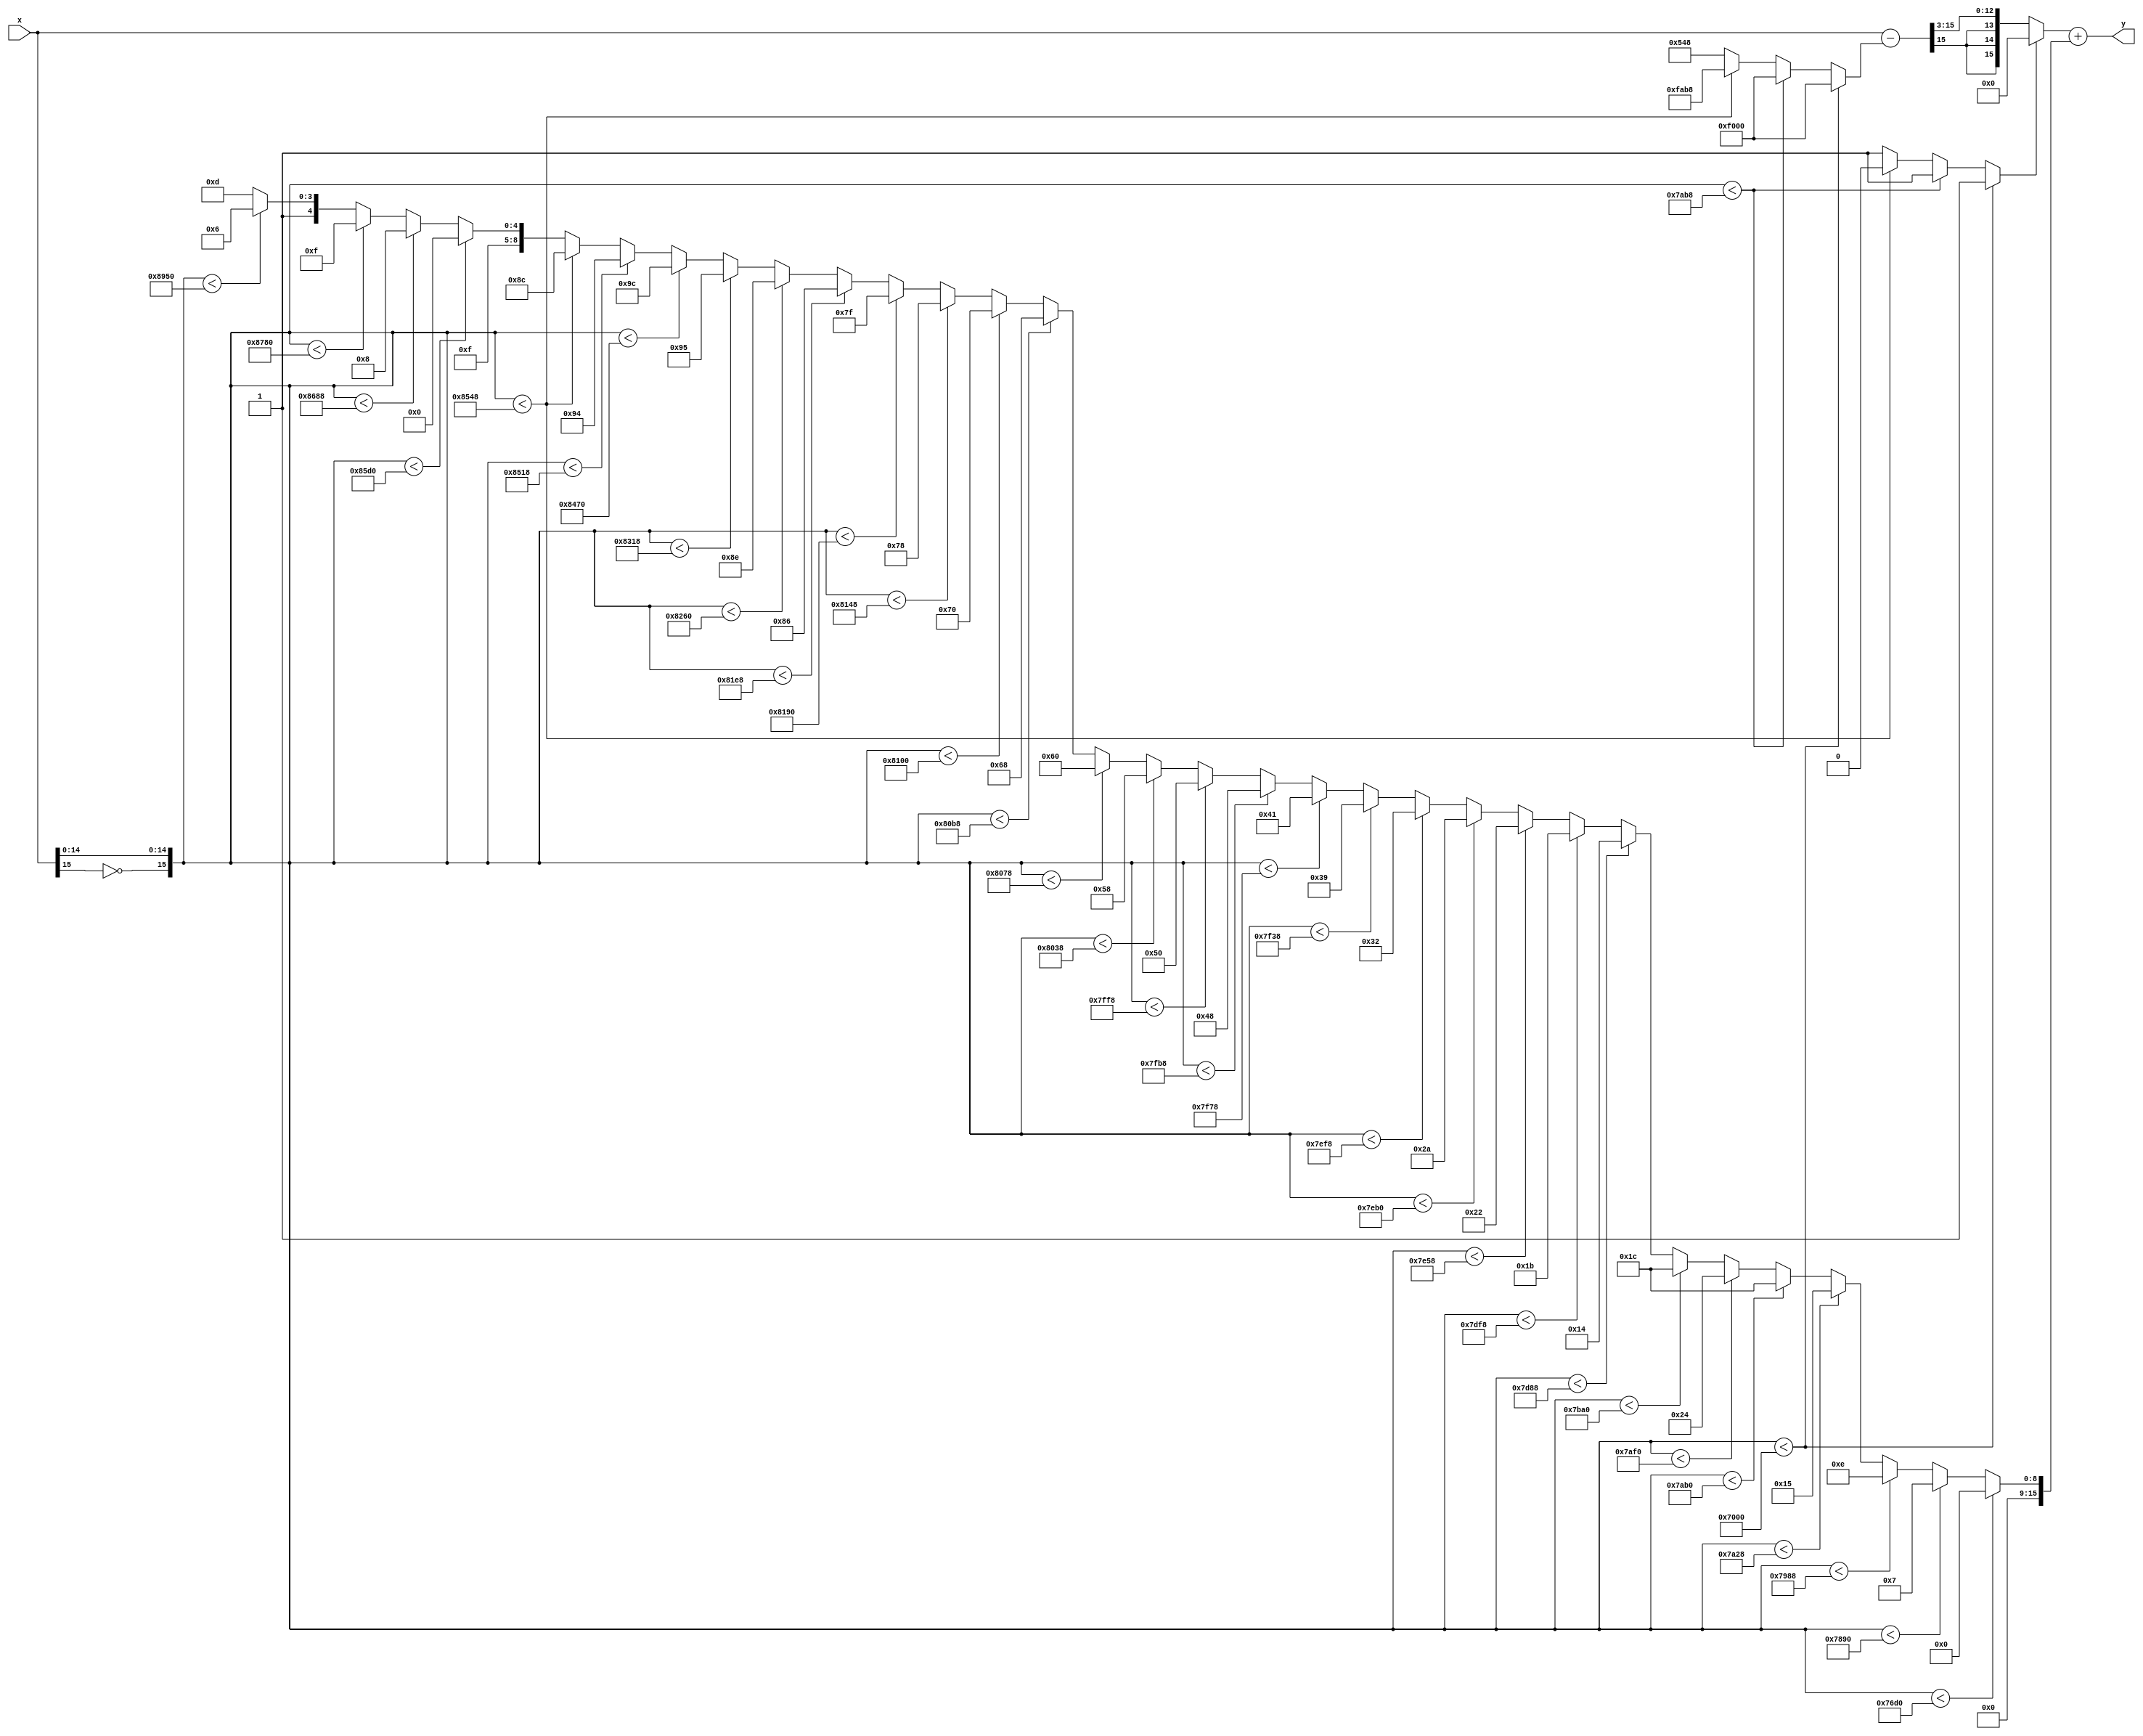
module sigmoidPWL(
	input [15:0] x,
	output wire [15:0] y
);

reg [15:0] bias;
reg [15:0] x_delta;
reg zero;
wire [15:0] x_ = (x - x_delta);
assign y = ((zero)? 0: ({{16{x_[15]}},x_} >> 2'b11)) + bias;

/**************** Compare and LUT *****************/
always @(*) begin
	if({~x[15],x[14:0]} < (16'h7000)) begin // -8.000000 
		zero = 1;
		x_delta = 16'hf000;
	end else 	if({~x[15],x[14:0]} < (16'h7ab8)) begin // -2.640625 
		zero = 1;
		x_delta = 16'hf000;
	end else 	if({~x[15],x[14:0]} < (16'h8548)) begin // 2.640625 
		zero = 0;
		x_delta = 16'hfab8;
	end else begin
		zero = 1;
		x_delta = 16'h548;
	end

	if({~x[15],x[14:0]} < (16'h76d0)) begin // -4.593750
		bias = 16'h0; // 0.000000 
	end else 	if({~x[15],x[14:0]} < (16'h7890)) begin // -3.718750
		bias = 16'h7; // 0.013672 
	end else 	if({~x[15],x[14:0]} < (16'h7988)) begin // -3.234375
		bias = 16'he; // 0.027344 
	end else 	if({~x[15],x[14:0]} < (16'h7a28)) begin // -2.921875
		bias = 16'h15; // 0.041016 
	end else 	if({~x[15],x[14:0]} < (16'h7ab0)) begin // -2.656250
		bias = 16'h1c; // 0.054688 
	end else 	if({~x[15],x[14:0]} < (16'h7af0)) begin // -2.531250
		bias = 16'h24; // 0.070312 
	end else 	if({~x[15],x[14:0]} < (16'h7ba0)) begin // -2.187500
		bias = 16'h1c; // 0.054688 
	end else 	if({~x[15],x[14:0]} < (16'h7d88)) begin // -1.234375
		bias = 16'h14; // 0.039062 
	end else 	if({~x[15],x[14:0]} < (16'h7df8)) begin // -1.015625
		bias = 16'h1b; // 0.052734 
	end else 	if({~x[15],x[14:0]} < (16'h7e58)) begin // -0.828125
		bias = 16'h22; // 0.066406 
	end else 	if({~x[15],x[14:0]} < (16'h7eb0)) begin // -0.656250
		bias = 16'h2a; // 0.082031 
	end else 	if({~x[15],x[14:0]} < (16'h7ef8)) begin // -0.515625
		bias = 16'h32; // 0.097656 
	end else 	if({~x[15],x[14:0]} < (16'h7f38)) begin // -0.390625
		bias = 16'h39; // 0.111328 
	end else 	if({~x[15],x[14:0]} < (16'h7f78)) begin // -0.265625
		bias = 16'h41; // 0.126953 
	end else 	if({~x[15],x[14:0]} < (16'h7fb8)) begin // -0.140625
		bias = 16'h48; // 0.140625 
	end else 	if({~x[15],x[14:0]} < (16'h7ff8)) begin // -0.015625
		bias = 16'h50; // 0.156250 
	end else 	if({~x[15],x[14:0]} < (16'h8038)) begin // 0.109375
		bias = 16'h58; // 0.171875 
	end else 	if({~x[15],x[14:0]} < (16'h8078)) begin // 0.234375
		bias = 16'h60; // 0.187500 
	end else 	if({~x[15],x[14:0]} < (16'h80b8)) begin // 0.359375
		bias = 16'h68; // 0.203125 
	end else 	if({~x[15],x[14:0]} < (16'h8100)) begin // 0.500000
		bias = 16'h70; // 0.218750 
	end else 	if({~x[15],x[14:0]} < (16'h8148)) begin // 0.640625
		bias = 16'h78; // 0.234375 
	end else 	if({~x[15],x[14:0]} < (16'h8190)) begin // 0.781250
		bias = 16'h7f; // 0.248047 
	end else 	if({~x[15],x[14:0]} < (16'h81e8)) begin // 0.953125
		bias = 16'h86; // 0.261719 
	end else 	if({~x[15],x[14:0]} < (16'h8260)) begin // 1.187500
		bias = 16'h8e; // 0.277344 
	end else 	if({~x[15],x[14:0]} < (16'h8318)) begin // 1.546875
		bias = 16'h95; // 0.291016 
	end else 	if({~x[15],x[14:0]} < (16'h8470)) begin // 2.218750
		bias = 16'h9c; // 0.304688 
	end else 	if({~x[15],x[14:0]} < (16'h8518)) begin // 2.546875
		bias = 16'h94; // 0.289062 
	end else 	if({~x[15],x[14:0]} < (16'h8548)) begin // 2.640625
		bias = 16'h8c; // 0.273438 
	end else 	if({~x[15],x[14:0]} < (16'h85d0)) begin // 2.906250
		bias = 16'h1e0; // 0.937500 
	end else 	if({~x[15],x[14:0]} < (16'h8688)) begin // 3.265625
		bias = 16'h1e8; // 0.953125 
	end else 	if({~x[15],x[14:0]} < (16'h8780)) begin // 3.750000
		bias = 16'h1ef; // 0.966797 
	end else 	if({~x[15],x[14:0]} < (16'h8950)) begin // 4.656250
		bias = 16'h1f6; // 0.980469 
	end else begin
		bias = 16'h1fd; // 0.980469 
	end
end

endmodule